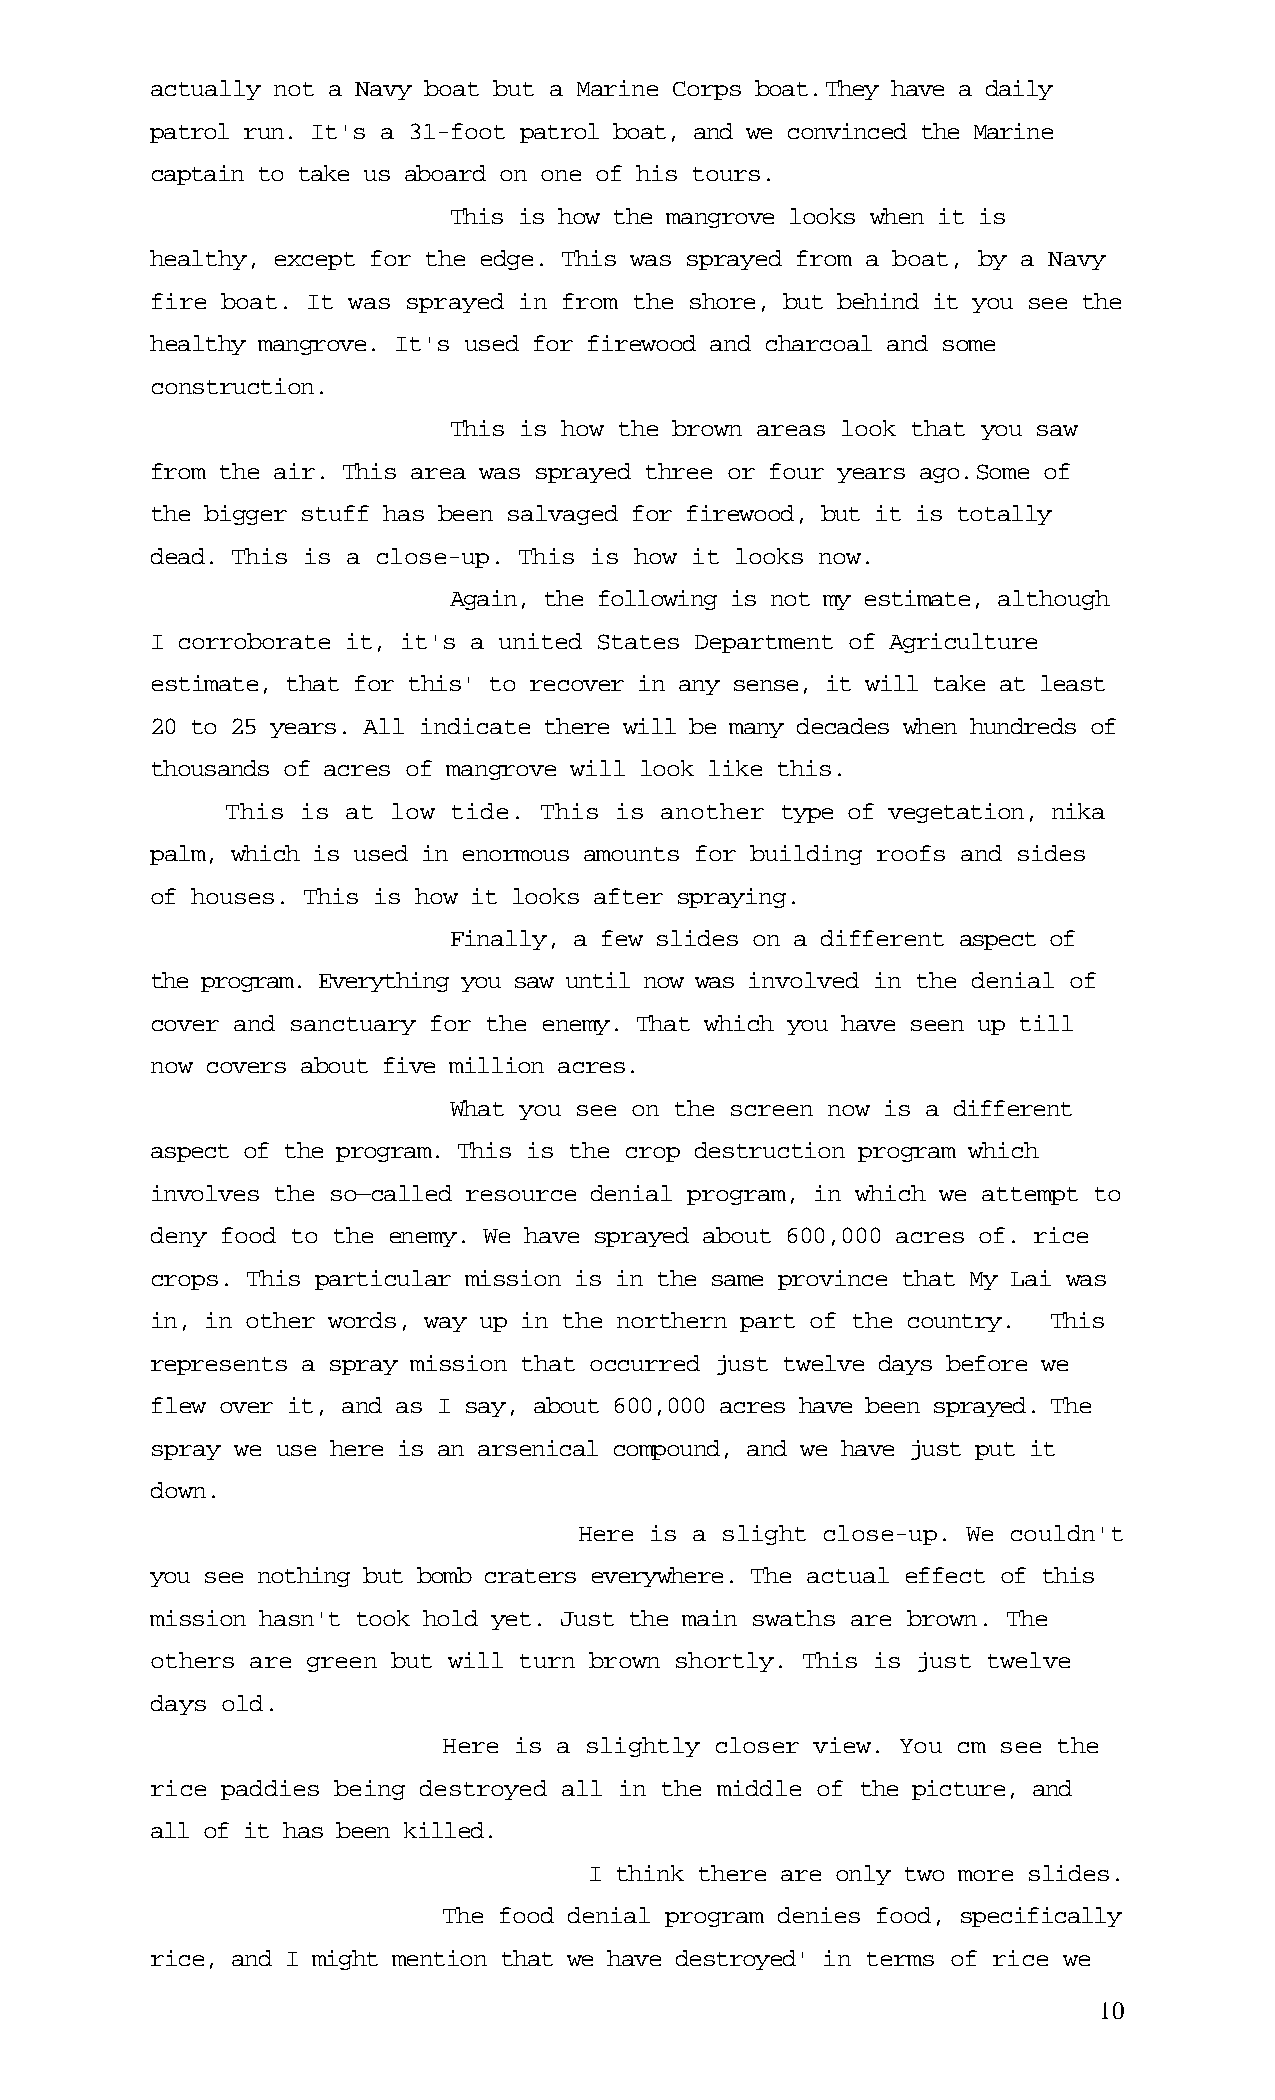
actually not a Navy boat but a Marine Corps boat.They have a daily
 patrol run. It's a 31-foot patrol boat, and we convinced the Marine
 captain to take us aboard on one of his tours.
 This is how the mangrove looks when it is
 healthy, except for the edge. This was sprayed from a boat, by a Navy
 fire boat. It was sprayed in from the shore, but behind it you see the
 healthy mangrove. It's used for firewood and charcoal and some
 construction.
 This is how the brown areas look that you saw
 from the air. This area was sprayed three or four years ago.Some of
 the bigger stuff has been salvaged for firewood, but it is totally
 dead. This is a close-up. This is how it looks now.
 Again, the following is not my estimate, although
 I corroborate it, it's a united States Department of Agriculture
 estimate, that for this' to recover in any sense, it will take at least
 20 to 25 years. All indicate there will be many decades when hundreds of
 thousands of acres of mangrove will look like this.
 This is at low tide. This is another type of vegetation, nika
 palm, which is used in enormous amounts for building roofs and sides
 of houses. This is how it looks after spraying.
 Finally, a few slides on a different aspect of
 the program. Everything you saw until now was involved in the denial of
 cover and sanctuary for the enemy. That which you have seen up till
 now covers about five million acres.
 What you see on the screen now is a different
 aspect of the program. This is the crop destruction program which
 involves the so—called resource denial program, in which we attempt to
 deny food to the enemy. We have sprayed about 600,000 acres of. rice
 crops. This particular mission is in the same province that My Lai was
 in, in other words, way up in the northern part of the country. This
 represents a spray mission that occurred just twelve days before we
 flew over it, and as I say, about 600,000 acres have been sprayed. The
 spray we use here is an arsenical compound, and we have just put it
 down.
 Here is a slight close-up. We couldn't
 you see nothing but bomb craters everywhere. The actual effect of this
 mission hasn't took hold yet. Just the main swaths are brown. The
 others are green but will turn brown shortly. This is just twelve
 days old.
 Here is a slightly closer view. You cm see the
 rice paddies being destroyed all in the middle of the picture, and
 all of it has been killed.
 I think there are only two more slides.
 The food denial program denies food, specifically
 rice, and I might mention that we have destroyed' in terms of rice we
 10